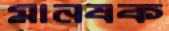
মানষক